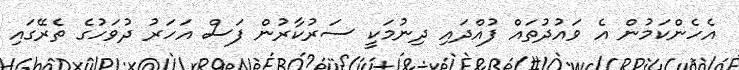
އެހެންކަމުން އެ ވައުދުތައް ފުއްދައި ދިނުމަކީ ސަރުކާރުން ފަސް އަހަރު ދުވަހުގެ ތެރޭގައި